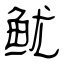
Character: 鱿